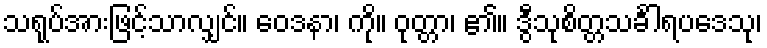
သရုပ်အားဖြင့်သာလျှင်။ ဝေဒနာ၊ ကို။ ဝုတ္တာ၊ ၏။ ဒွီသုစိတ္တသင်္ခါရပဒေသု၊